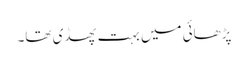
پڑھائی میں بہت پھسڈی تھا۔